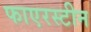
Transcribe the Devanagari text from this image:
फाएरस्टीन